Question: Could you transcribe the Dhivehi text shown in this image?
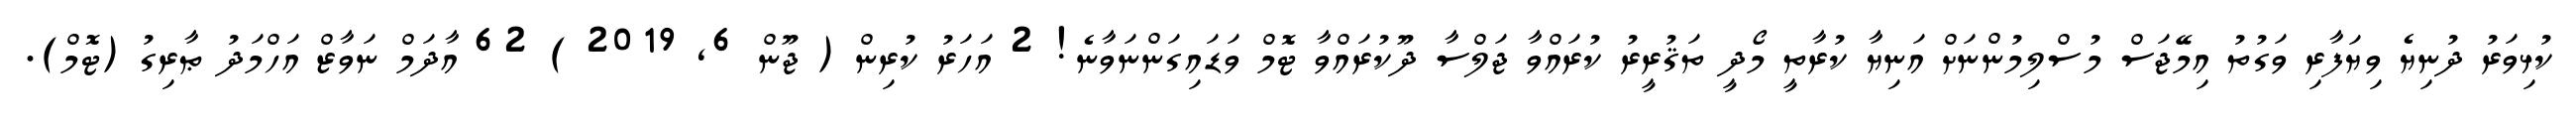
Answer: ކުޅިވަރު ދުނިޔެ ވިޔަފާރި ވަގުތު އިމޭޖަސް މުސްލިމުންނަށް އަނިޔާ ކުރާތީ މޯދީ ތަޤުރީރު ކުރައްވާ ޖަލްސާ ދޫކުރައްވާ ޓޮމް ވަޑައިގަންނަވާނެ! 2 އަހަރު ކުރިން ( ޖޫން 6, 2019 ) 62 އާދަމް ނަވާޒް އަހްމަދު ޠާރިގު (ޓޮމް).